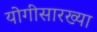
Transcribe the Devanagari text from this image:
योगीसारख्या